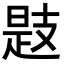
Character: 𢻖